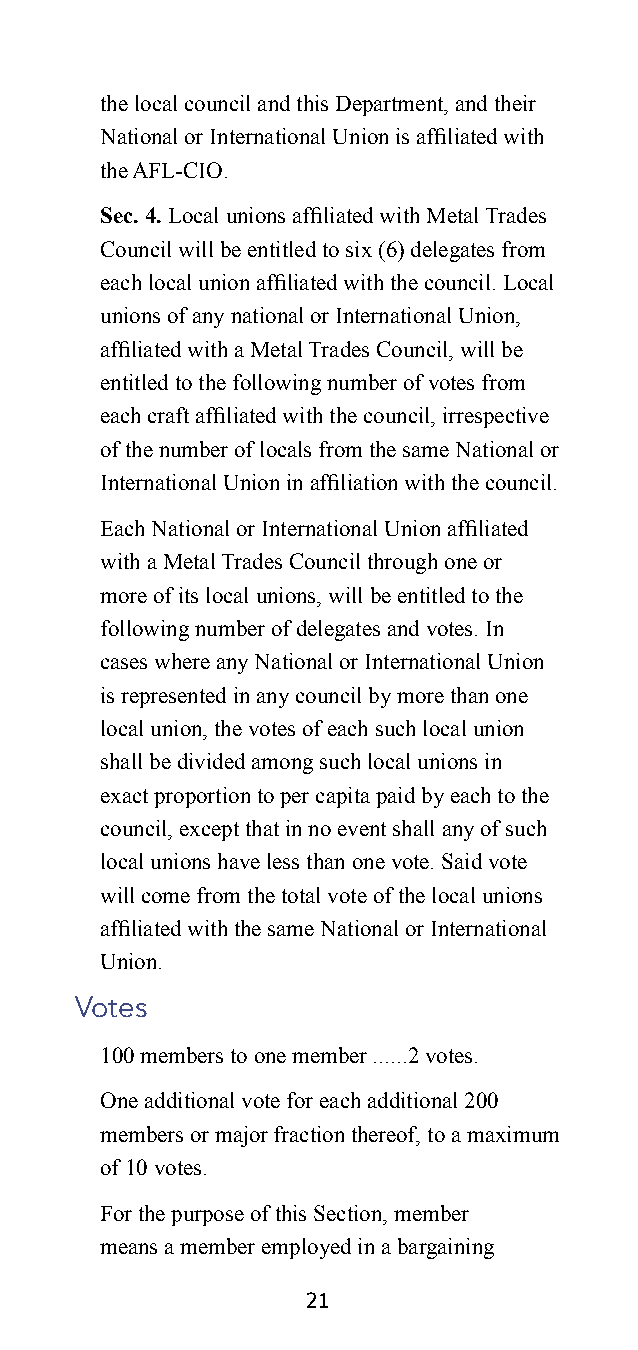
the local council and this Department, and their
 National or International Union is affiliated with
 the AFL-CIO.
 Sec. 4. Local unions affiliated with Metal Trades
 Council will be entitled to six (6) delegates from
 each local union affiliated with the council. Local
 unions of any national or International Union,
 affiliated with a Metal Trades Council, will be
 entitled to the following number of votes from
 each craft affiliated with the council, irrespective
 of the number of locals from the same National or
 International Union in affiliation with the council.
 Each National or International Union affiliated
 with a Metal Trades Council through one or
 more of its local unions, will be entitled to the
 following number of delegates and votes. In
 cases where any National or International Union
 is represented in any council by more than one
 local union, the votes of each such local union
 shall be divided among such local unions in
 exact proportion to per capita paid by each to the
 council, except that in no event shall any of such
 local unions have less than one vote. Said vote
 will come from the total vote of the local unions
 affiliated with the same National or International
 Union.
 Votes
 100 members to one member ......2 votes.
 One additional vote for each additional 200
 members or major fraction thereof, to a maximum
 of 10 votes.
 For the purpose of this Section, member
 means a member employed in a bargaining
 21